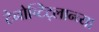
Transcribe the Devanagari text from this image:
टेनोच्टिट्लान्च्या